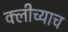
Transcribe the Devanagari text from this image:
क्लीच्याच